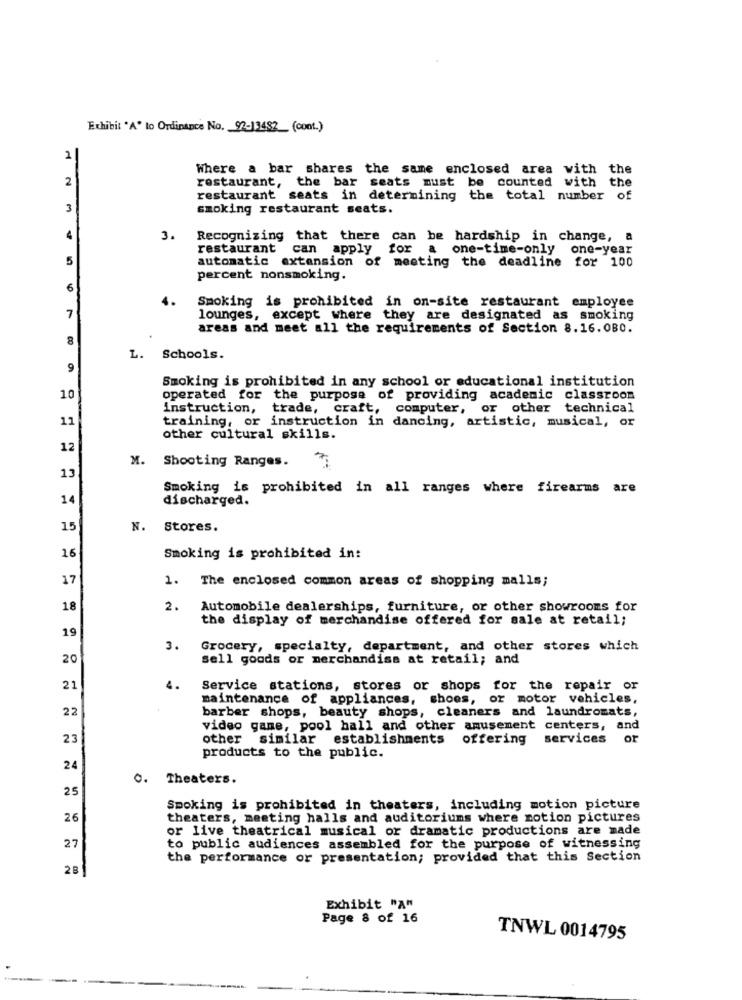
Exhibit 'A' to Ordinance No. 92-13482 (cont.)
1
Where a bar shares the same enclosed area with the
2
restaurant, the bar seats must be counted with the
restaurant seats in determining the total number of
3
smoking restaurant seats.
4
3.
Recognizing that there can be hardship in change, a
restaurant can apply for a
one-time-only
one-year
5
automatic extension of meeting the deadline for 100
percent nonsmoking.
6
Smoking is prohibited in on-site restaurant employee
7
lounges, except where they are designated as smoking
areas and meet all the requirements of Section 8.16.080.
8
L. Schools.
9
Smoking is prohibited in any school or educational institution
10
operated for the purpose of providing academic classroom
instruction, trade, craft, computer, or other technical
11
training, or instruction in dancing, artistic, musical, or
other cultural skills.
12
M. Shooting Ranges.
13
Smoking is prohibited in all ranges where firearms are
14
discharged.
15
N. Stores.
16
Smoking is prohibited in:
17
1. The enclosed common areas of shopping malls;
18
2.
Automobile dealerships, furniture, or other showrooms for
the display of merchandise offered for sale at retail;
19
3.
Grocery, specialty, department, and other stores which
20
sell goods or merchandise at retail; and
21
4.
Service stations, stores or shops for the repair or
maintenance of appliances, shoes, or motor vehicles,
22
barber shops, beauty shops, cleaners and laundromats,
video game, pool hall and other amusement centers, and
23
other similar establishments offering services or
products to the public.
24
0. Theaters.
25
Smoking is prohibited in theaters, including motion picture
26
theaters, meeting halls and auditoriums where motion pictures
or live theatrical musical or dramatic productions are made
27
to public audiences assembled for the purpose of witnessing
the performance or presentation; provided that this Section
Exhibit "A"
Page 8 of 16
TNWL 0014795